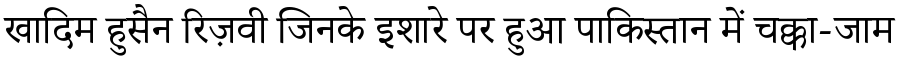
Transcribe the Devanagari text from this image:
खादिम हुसैन रिज़वी जिनके इशारे पर हुआ पाकिस्तान में चक्का-जाम